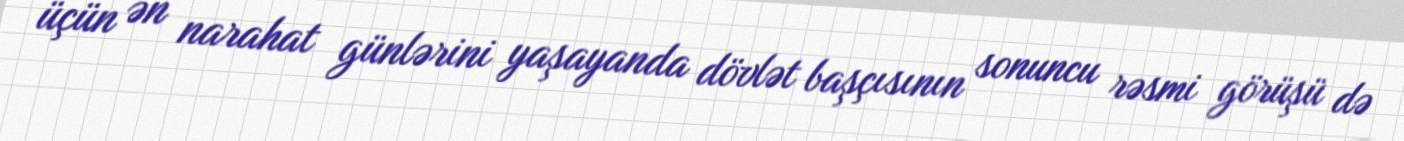
üçün ən narahat günlərini yaşayanda dövlət başçısının sonuncu rəsmi görüşü də